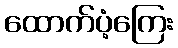
ထောက်ပံ့ကြေး